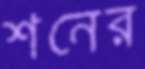
শনের